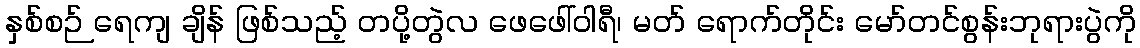
နှစ်စဉ် ရေကျ ချိန် ဖြစ်သည့် တပို့တွဲလ ဖေဖေါ်ဝါရီ၊ မတ် ရောက်တိုင်း မော်တင်စွန်းဘုရားပွဲကို